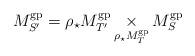
LaTeX: \begin{align*} M_{S'}^{\rm gp} = \rho_\star M_{T'}^{\rm gp} \mathop\times_{\rho_\star M_T^{\rm gp}} M_S^{\rm gp}\end{align*}